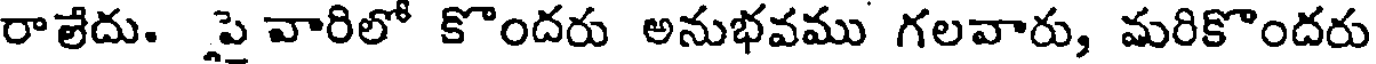
రాలేదు. పై వారిలో కొందరు అనుభవము గలవారు, మరికొందరు